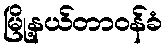
မြို့နယ်တာဝန်ခံ